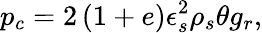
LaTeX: p_{c}=2\left(1+e\right)\epsilon_{s}^{2}\rho_{s}\theta g_{r},